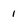
Character: I